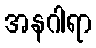
အနဂါရာ